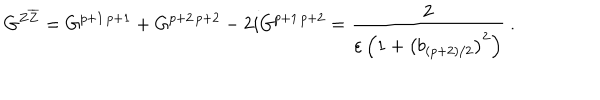
LaTeX: G ^ { Z \overline { { { Z } } } } = G ^ { p + 1 \, p + 1 } + G ^ { p + 2 \, p + 2 } - 2 i G ^ { p + 1 \, p + 2 } = \frac { 2 } { \varepsilon \left( 1 + \left( b _ { ( p + 2 ) / 2 } \right) ^ { 2 } \right) } ~ .